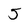
Character: 5